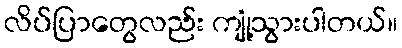
လိပ်ပြာတွေလည်း ကျုံ့သွားပါတယ်။